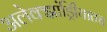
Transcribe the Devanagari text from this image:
अलेक्झांड्रिीयातच